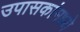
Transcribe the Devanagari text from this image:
उपासकांमध्ये